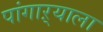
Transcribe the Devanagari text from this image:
पांगाऱ्याला